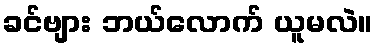
ခင်ဗျား ဘယ်လောက် ယူမလဲ။